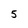
Character: 5